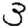
Digit: 3